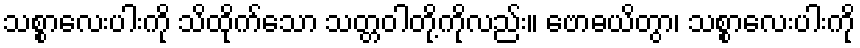
သစ္စာလေးပါးကို သိထိုက်သော သတ္တဝါတို့ကိုလည်း။ ဗောဓယိတွာ၊ သစ္စာလေးပါးကို